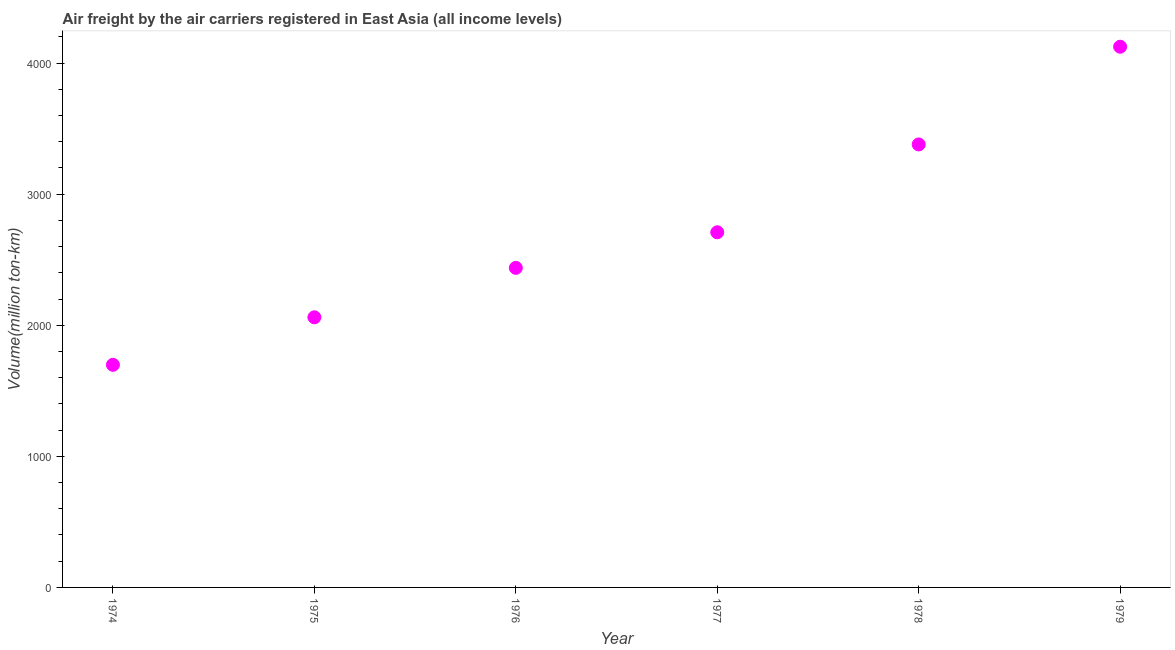
| Year | Air transport |
 | --- | --- |
 | 1974 | 1.7e+03 |
 | 1975 | 2.06e+03 |
 | 1976 | 2.44e+03 |
 | 1977 | 2.71e+03 |
 | 1978 | 3.38e+03 |
 | 1979 | 4.12e+03 |